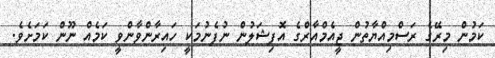
ކަމުން މިރޭގެ ރަސްމިއްޔާތުން ޖީއެމްއާރްގެ އޮފިޝަލުން ނުފެނުމަކީ ހައިރާންވާންވީ ކަމެއް ނޫން ކަމަށެވެ.